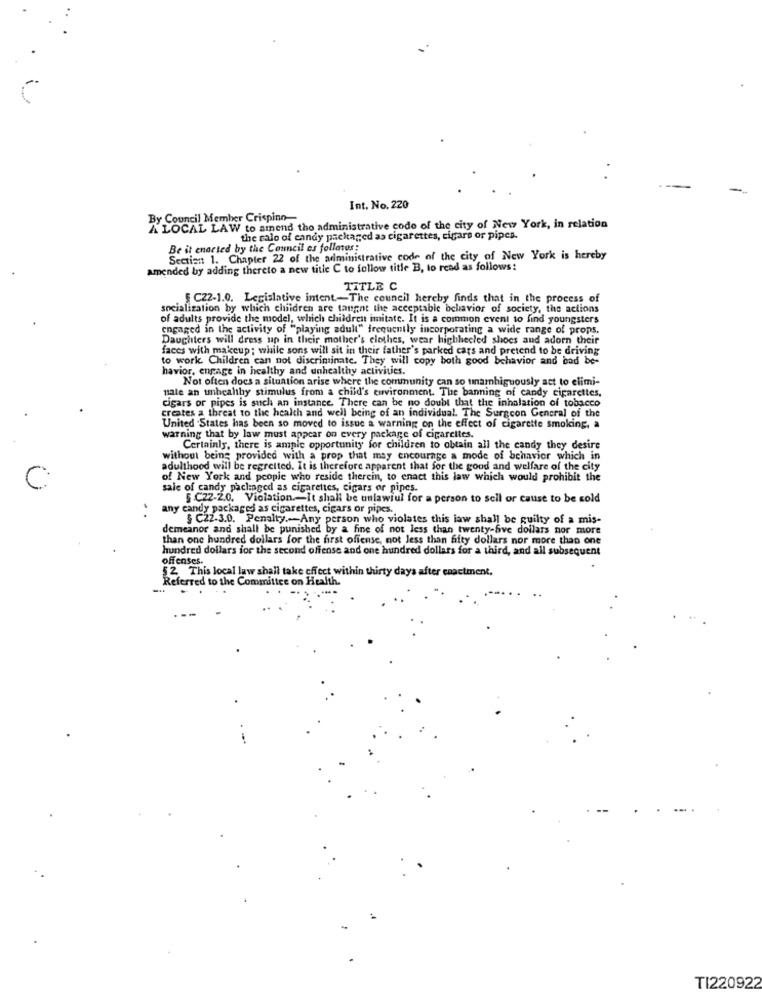
Int. No. 220
By Council Member Crispino-
A LOCAL LAW to amend the administrative code of the city of New York, in relation
the sale of candy packaged as cigarettes, cigare or pipes.
Be it enorted by the Council es folletos;
Section 1. Chapter 22 of the administrative code of the city of New York is hereby
Amended by adding thereto a new title C to follow title B, to read as follows:
TITLE C
CZ2-1.0. Legislative intent-The council hereby finds that in the process of
socialization by which children are tangnt the acceptable bellavior of society, the actions
of adults provide the model, which children imitate. It is a common event to find youngsters
engaged in the activity of "playing adult" frequently incorporating a wide range of props,
Daughters will dress up in their mother's clothes, wear highhecled shoes and adorn their
faces with makeup; while sons will sit in their father's parked cars and pretend to be driving
to work Children can not discriminate. They will copy both good behavior and bad be-
havior, engage in healthy and unhealthy activities.
Not often docs a situation arise where the community can so unambiguously act to elimi-
nale an unhealthy stimulus from a child's environment. The banning of candy cigarettes,
cigars or pipes is such an instance. There can be no doubt that the inhalation of tobacco
creates a threat to the health and well being of an individual. The Surgeon General of the
United States has been so moved to issue a warning on the effect of cigarette smoking, a
warning that by law must appear on every package of cigarcites.
Certainly, there is ample opportunity for children to obtain all the candy they desire
without being provided with a prop that may encourage a mode of behavior which in
adulthood will be regretted. It is therefore apparent that for the good and welfare of the city
of New York and people who reside therein, to enact this law which would prohibit the
C
salc of candy packaged as cigarettes, cigars or pipes.
§ C72-2.0. Violation .- It shall be unlawful for a person to sell or cause to be sold
any candy packaged as cigarettes, cigars or pipes.
§ C22-3.0. Penalty .-- Any person who violates this law shall be guilty of a mis-
demeanor and shall be punished by a fine of not less than twenty-five dollars nor more
than one hundred dollars for the first offense, not less than fifty dollars nor more than one
hundred dollars for the second offense and one hundred dollars for a third, and all subsequent
offenses.
52 This local law shall take effect within thirty days after enactment.
Referred to the Committee on Health.
TI220922